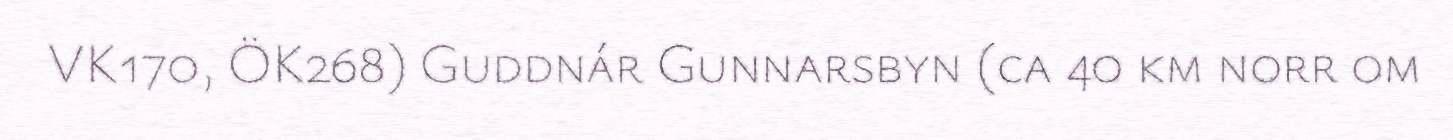
VK170, ÖK268) Guddnár Gunnarsbyn (ca 40 km norr om